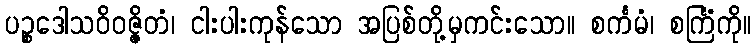
ပဉ္စဒေါသဝိဝဇ္ဇိတံ၊ ငါးပါးကုန်သော အပြစ်တို့မှကင်းသော။ စင်္ကမံ၊ စင်္ကြံကို။